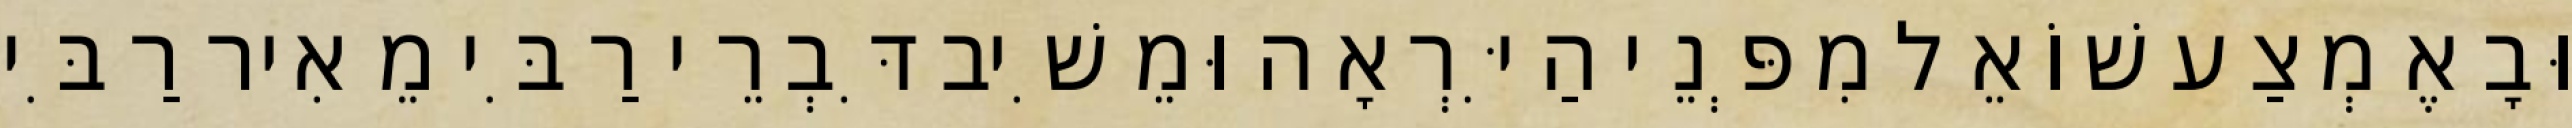
וּבָאֶמְצַע שׁוֹאֵל מִפְּנֵי הַיִּרְאָה וּמֵשִׁיב דִּבְרֵי רַבִּי מֵאִיר רַבִּי